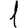
Digit: 1